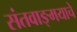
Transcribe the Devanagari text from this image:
संतवाङ्‌मयाचे